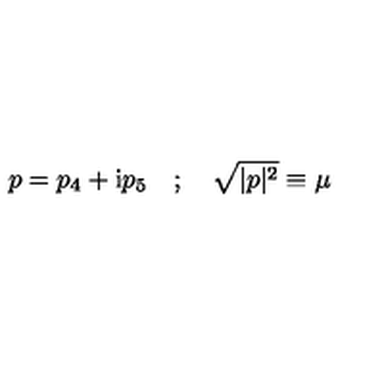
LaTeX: p = p _ { 4 } + \mathrm { i } p _ { 5 } \quad ; \quad \sqrt { | p | ^ { 2 } } \equiv \mu